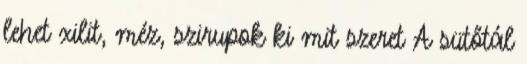
lehet xilit, méz, szirupok ki mit szeret A sütőtál